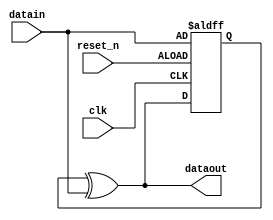
module dif(
clk,
reset_n,
datain,
dataout
);

input clk;
input reset_n;
input datain;
output dataout;

reg dn_1 = 1'b0;

always @(posedge clk or negedge reset_n) begin
    if (!reset_n) begin
        dn_1 <= datain;
    end
    else begin
        dn_1 <= dataout;
    end
end

assign dataout =  dn_1 ^ datain;

endmodule